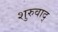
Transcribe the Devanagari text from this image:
शुरुवाद्